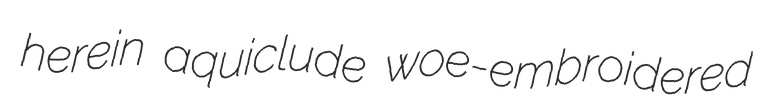
herein aquiclude woe-embroidered